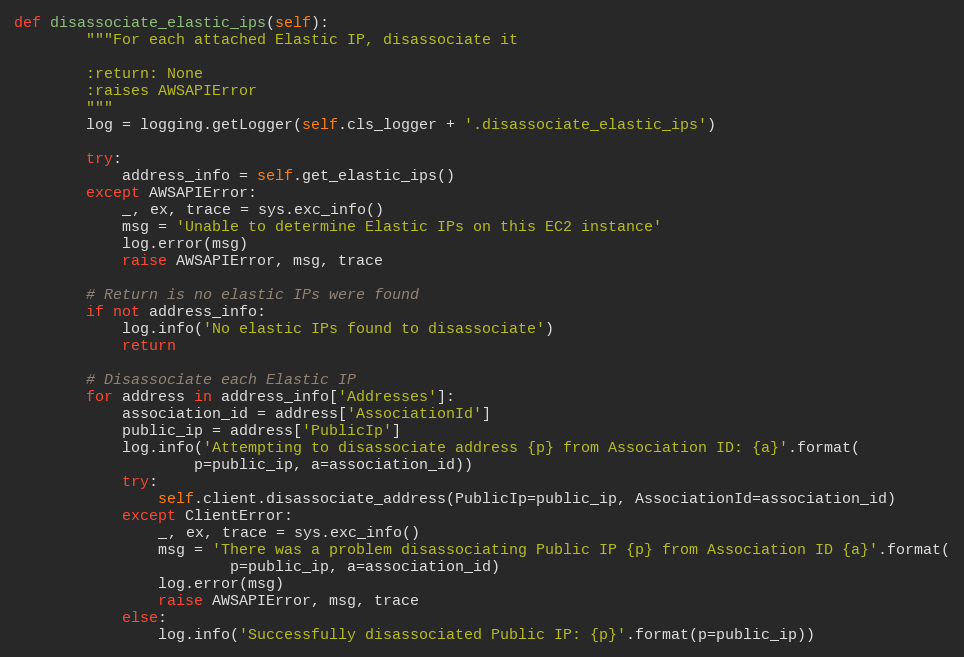
Language: Python
def disassociate_elastic_ips(self):
        """For each attached Elastic IP, disassociate it

        :return: None
        :raises AWSAPIError
        """
        log = logging.getLogger(self.cls_logger + '.disassociate_elastic_ips')

        try:
            address_info = self.get_elastic_ips()
        except AWSAPIError:
            _, ex, trace = sys.exc_info()
            msg = 'Unable to determine Elastic IPs on this EC2 instance'
            log.error(msg)
            raise AWSAPIError, msg, trace

        # Return is no elastic IPs were found
        if not address_info:
            log.info('No elastic IPs found to disassociate')
            return

        # Disassociate each Elastic IP
        for address in address_info['Addresses']:
            association_id = address['AssociationId']
            public_ip = address['PublicIp']
            log.info('Attempting to disassociate address {p} from Association ID: {a}'.format(
                    p=public_ip, a=association_id))
            try:
                self.client.disassociate_address(PublicIp=public_ip, AssociationId=association_id)
            except ClientError:
                _, ex, trace = sys.exc_info()
                msg = 'There was a problem disassociating Public IP {p} from Association ID {a}'.format(
                        p=public_ip, a=association_id)
                log.error(msg)
                raise AWSAPIError, msg, trace
            else:
                log.info('Successfully disassociated Public IP: {p}'.format(p=public_ip))